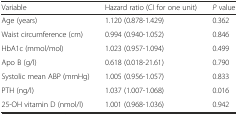
<table><thead><tr><td><b>Variable</b></td><td><b>Hazard ratio (CI for one unit)</b></td><td><b><i>P</i> value</b></td></tr></thead><tbody><tr><td>Age (years)</td><td>1.120 (0.878-1.429)</td><td>0.362</td></tr><tr><td>Waist circumference (cm)</td><td>0.994 (0.940-1.052)</td><td>0.846</td></tr><tr><td>HbA1c (mmol/mol)</td><td>1.023 (0.957-1.094)</td><td>0.499</td></tr><tr><td>Apo B (g/l)</td><td>0.618 (0.018-21.61)</td><td>0.790</td></tr><tr><td>Systolic mean ABP (mmHg)</td><td>1.005 (0.956-1.057)</td><td>0.833</td></tr><tr><td>PTH (ng/l)</td><td>1.037 (1.007-1.068)</td><td>0.016</td></tr><tr><td>25-OH vitamin D (nmol/l)</td><td>1.001 (0.968-1.036)</td><td>0.942</td></tr></tbody></table>